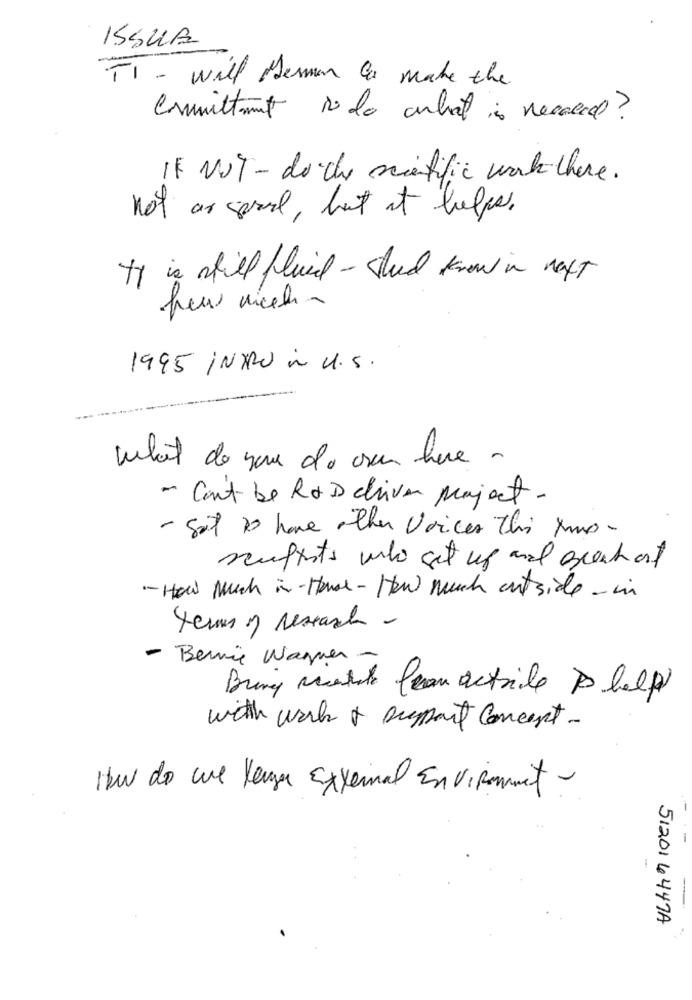
ISSUB
FT - will German to make the
Commitment to do anlat is necard?
IF NOT- do the scientific work there.
not as sereal, but at helps.
ty is still fluid - sheed know in naft
1995 INTRO in U.S.
what do you do over here .
- Can't be ROD chiven project.
- Sat to home other voices this tuo-
scuffists who get up and seechart
- How Much in - House - How much outside - in
terms of research -
- Bernie Wagner -
Bring visite leran actrile D help
with work & suport Concept-
How do we lenger External Environment-
512014447A